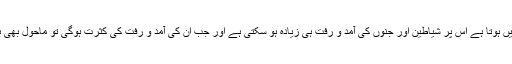
لیکن جو کچھ ہمارے گھروں میں ہوتا ہے اس پر شیاطین اور جنوں کی آمد و رفت ہی زیادہ ہو سکتی ہے اور جب ان کی آمد و رفت کی کثرت ہوگی تو ماحول بھی بے برکتی اور نحوست کا ہوگا۔